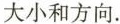
大小和方向.